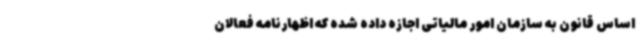
اساس قانون به سازمان امور مالیاتی اجازه داده‌ شده که اظهارنامه فعالان